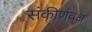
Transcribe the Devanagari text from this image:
संकीर्णवक्ष